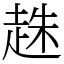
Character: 趎